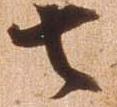
去